Scottish Leaving Certificate Examination, 1961
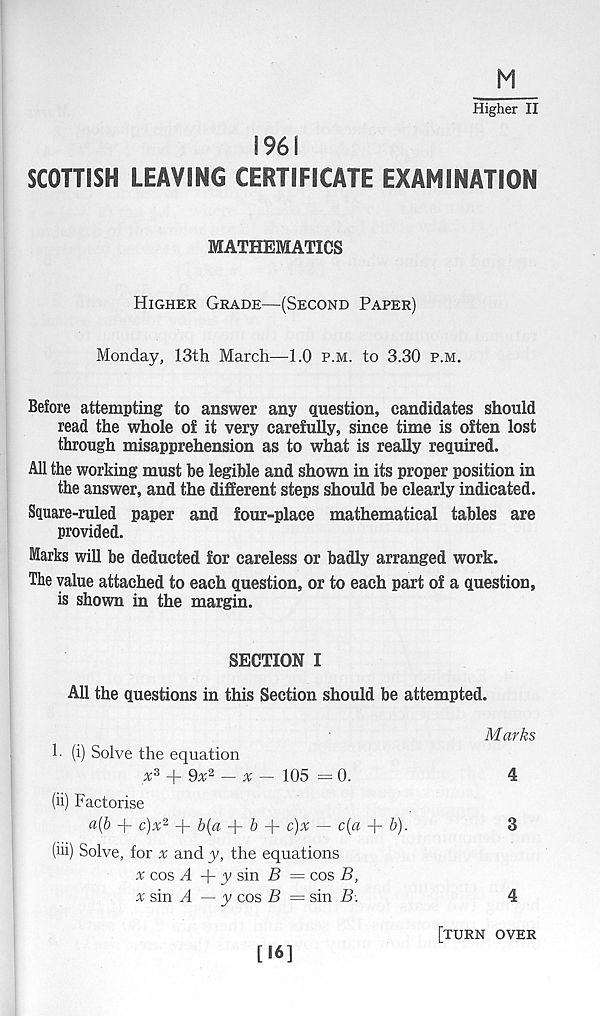
Higher II
1961
SCOTTISH LEAVING CERTIFICATE EXAMINATION
MATHEMATICS
Higher Grade—(Second Paper)
Monday, 13th March—1.0 p.m. to 3.30 p.m.
Before attempting to answer any question, candidates should
read the whole of it very carefully, since time is often lost
through misapprehension as to what is really required.
All the working must he legible and shown in its proper position in
the answer, and the different steps should be clearly indicated.
Square-ruled paper and four-place mathematical tables are
provided.
Marks will be deducted for careless or badly arranged work.
The value attached to each question, or to each part of a question,
is shown in the margin.
SECTION I
All the questions in this Section should be attempted.
h (i) Solve the equation
x 3 + 9a 2 — % — 105 = 0.
(ii) Factorise
a{b + c)x 2 + b{a + b
c)x ~ c(a + b).
(iii) Solve, for a and y, the equations
x cos M + y sin i? = cos B,
x sin A — y cos B = sin B.
Marks
4
3
4
[16]
[turn over